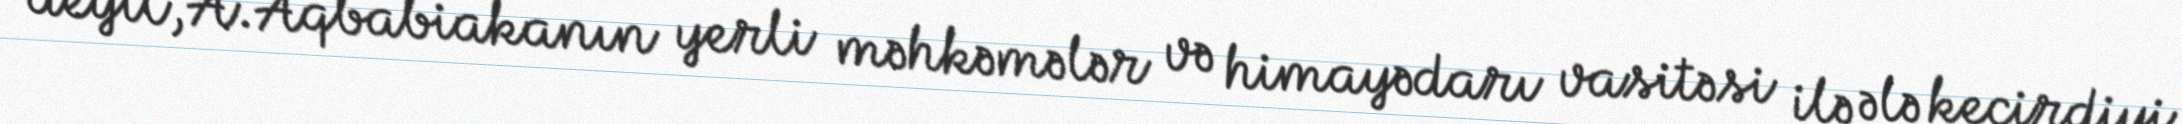
deyil, A.Aqbabiakanın yerli məhkəmələr və himayədarı vasitəsi ilə ələ keçirdiyi